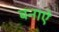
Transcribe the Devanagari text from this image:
बनाऐं